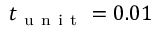
t _ { \mathrm { ~ u ~ n ~ i ~ t ~ } } = 0 . 0 1